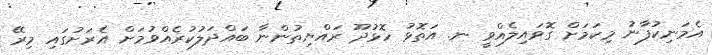
އެމަނިކުފާނު މިކަމަށް ގޮވައިލެއްވީ ނ. އަތޮޅު ހޮޅުދޫ ރައްޔިތުންނާ ބައްދަލުކުރެއްވުމަށް އެރަށުގައި މިރޭ